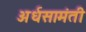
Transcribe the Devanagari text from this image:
अर्धसामंती